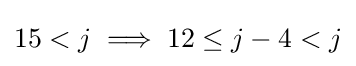
15<j\implies 12\leq j-4<j